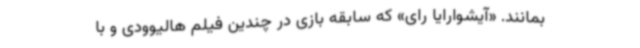
بمانند. «آیشوارایا رای» که سابقه بازی در چندین فیلم هالیوودی و با